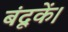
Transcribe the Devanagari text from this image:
बंदूकें।